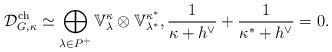
LaTeX: \begin{align*}\mathcal{D}_{G, \kappa}^{\mathrm{ch}}\simeq \bigoplus_{\lambda\in P^+} \mathbb{V}^{\kappa}_\lambda\otimes \mathbb{V}^{\kappa^*}_{\lambda^*},\frac{1}{\kappa+h^\vee}+\frac{1}{\kappa^*+h^\vee}=0.\end{align*}